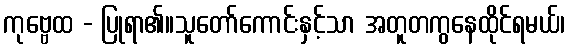
ကုဗ္ဗေထ - ပြုရာ၏။သူတော်ကောင်းနှင့်သာ အတူတကွနေထိုင်ရမယ်၊